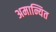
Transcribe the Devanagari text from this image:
अमान्यित